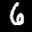
Label: 6